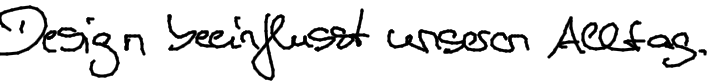
Design beeinflusst unseren Alltag.